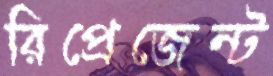
রিপ্রেজেন্ট